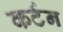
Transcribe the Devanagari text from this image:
कर्टन